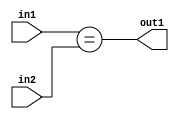
`timescale 1ps / 1ps
/*****************************************************************************
    Verilog RTL Description
    
    
    Created by: Stratus DpOpt 2019.1.01 
*******************************************************************************/

module feature_write_addr_gen_Equal_3Ux2U_1U_4 (
	in2,
	in1,
	out1
	); /* architecture "behavioural" */ 
input [2:0] in2;
input [1:0] in1;
output  out1;
wire  asc001;

assign asc001 = (in1==in2);

assign out1 = asc001;
endmodule

/* CADENCE  urnzSAk= : u9/ySgnWtBlWxVPRXgAZ4Og= ** DO NOT EDIT THIS LINE ******/